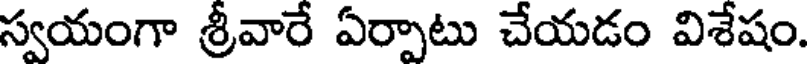
స్వయంగా శ్రీవారే ఏర్పాటు చేయడం విశేషం.